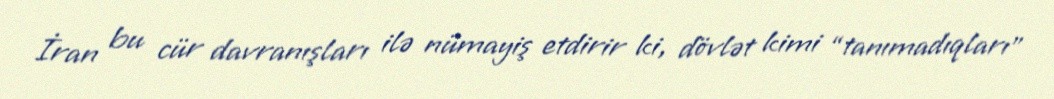
İran bu cür davranışları ilə nümayiş etdirir ki, dövlət kimi “tanımadıqları”